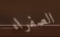
الصفراء